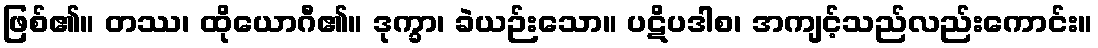
ဖြစ်၏။ တဿ၊ ထိုယောဂီ၏။ ဒုက္ခာ၊ ခဲယဉ်းသော။ ပဋိပဒါစ၊ အကျင့်သည်လည်းကောင်း။